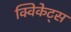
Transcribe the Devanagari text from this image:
क्विकेट्स